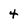
Character: 4